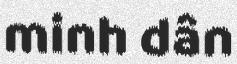
minh dân